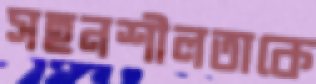
সহনশীলতাকে